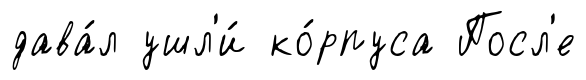
дава́л ушл'и́ ко́рпуса Посл'е